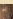
به